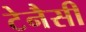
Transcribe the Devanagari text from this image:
टेनैसी